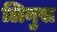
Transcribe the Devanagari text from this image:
लिनुस